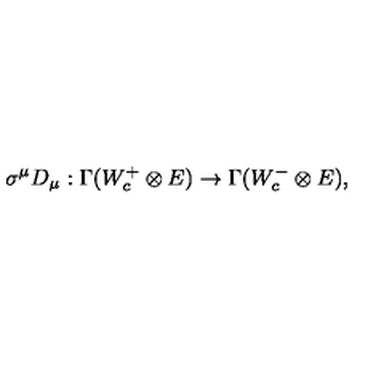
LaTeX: \sigma ^ { \mu } D _ { \mu } : \Gamma ( W _ { c } ^ { + } \otimes E ) \to \Gamma ( W _ { c } ^ { - } \otimes E ) ,